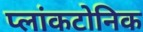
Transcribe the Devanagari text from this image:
प्लांकटोनिक